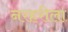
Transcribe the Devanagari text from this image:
नरहरीला